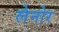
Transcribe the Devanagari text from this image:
लेनोर